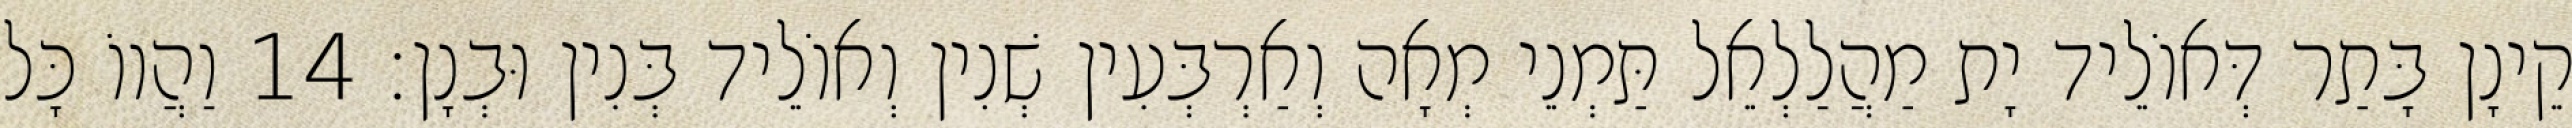
קֵינָן בָּתַר דְּאוֹלֵיד יָת מַהֲלַלְאֵל תַּמְנֵי מְאָה וְאַרְבְּעִין שְׁנִין וְאוֹלֵיד בְּנִין וּבְנָן׃ 14 וַהֲווֹ כָּל